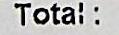
TOTAL :